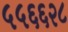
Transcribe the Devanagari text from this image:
५५६६२८